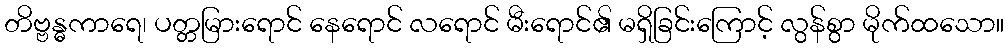
တိဗ္ဗန္ဓကာရေ၊ ပတ္တမြားရောင် နေရောင် လရောင် မီးရောင်၏ မရှိခြင်းကြောင့် လွန်စွာ မိုက်ထသော။